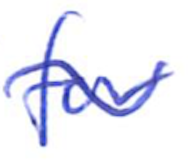
Text: for
Cross-out: wave
Writing tool: ballpoint